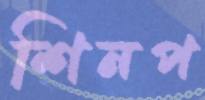
শিনপ